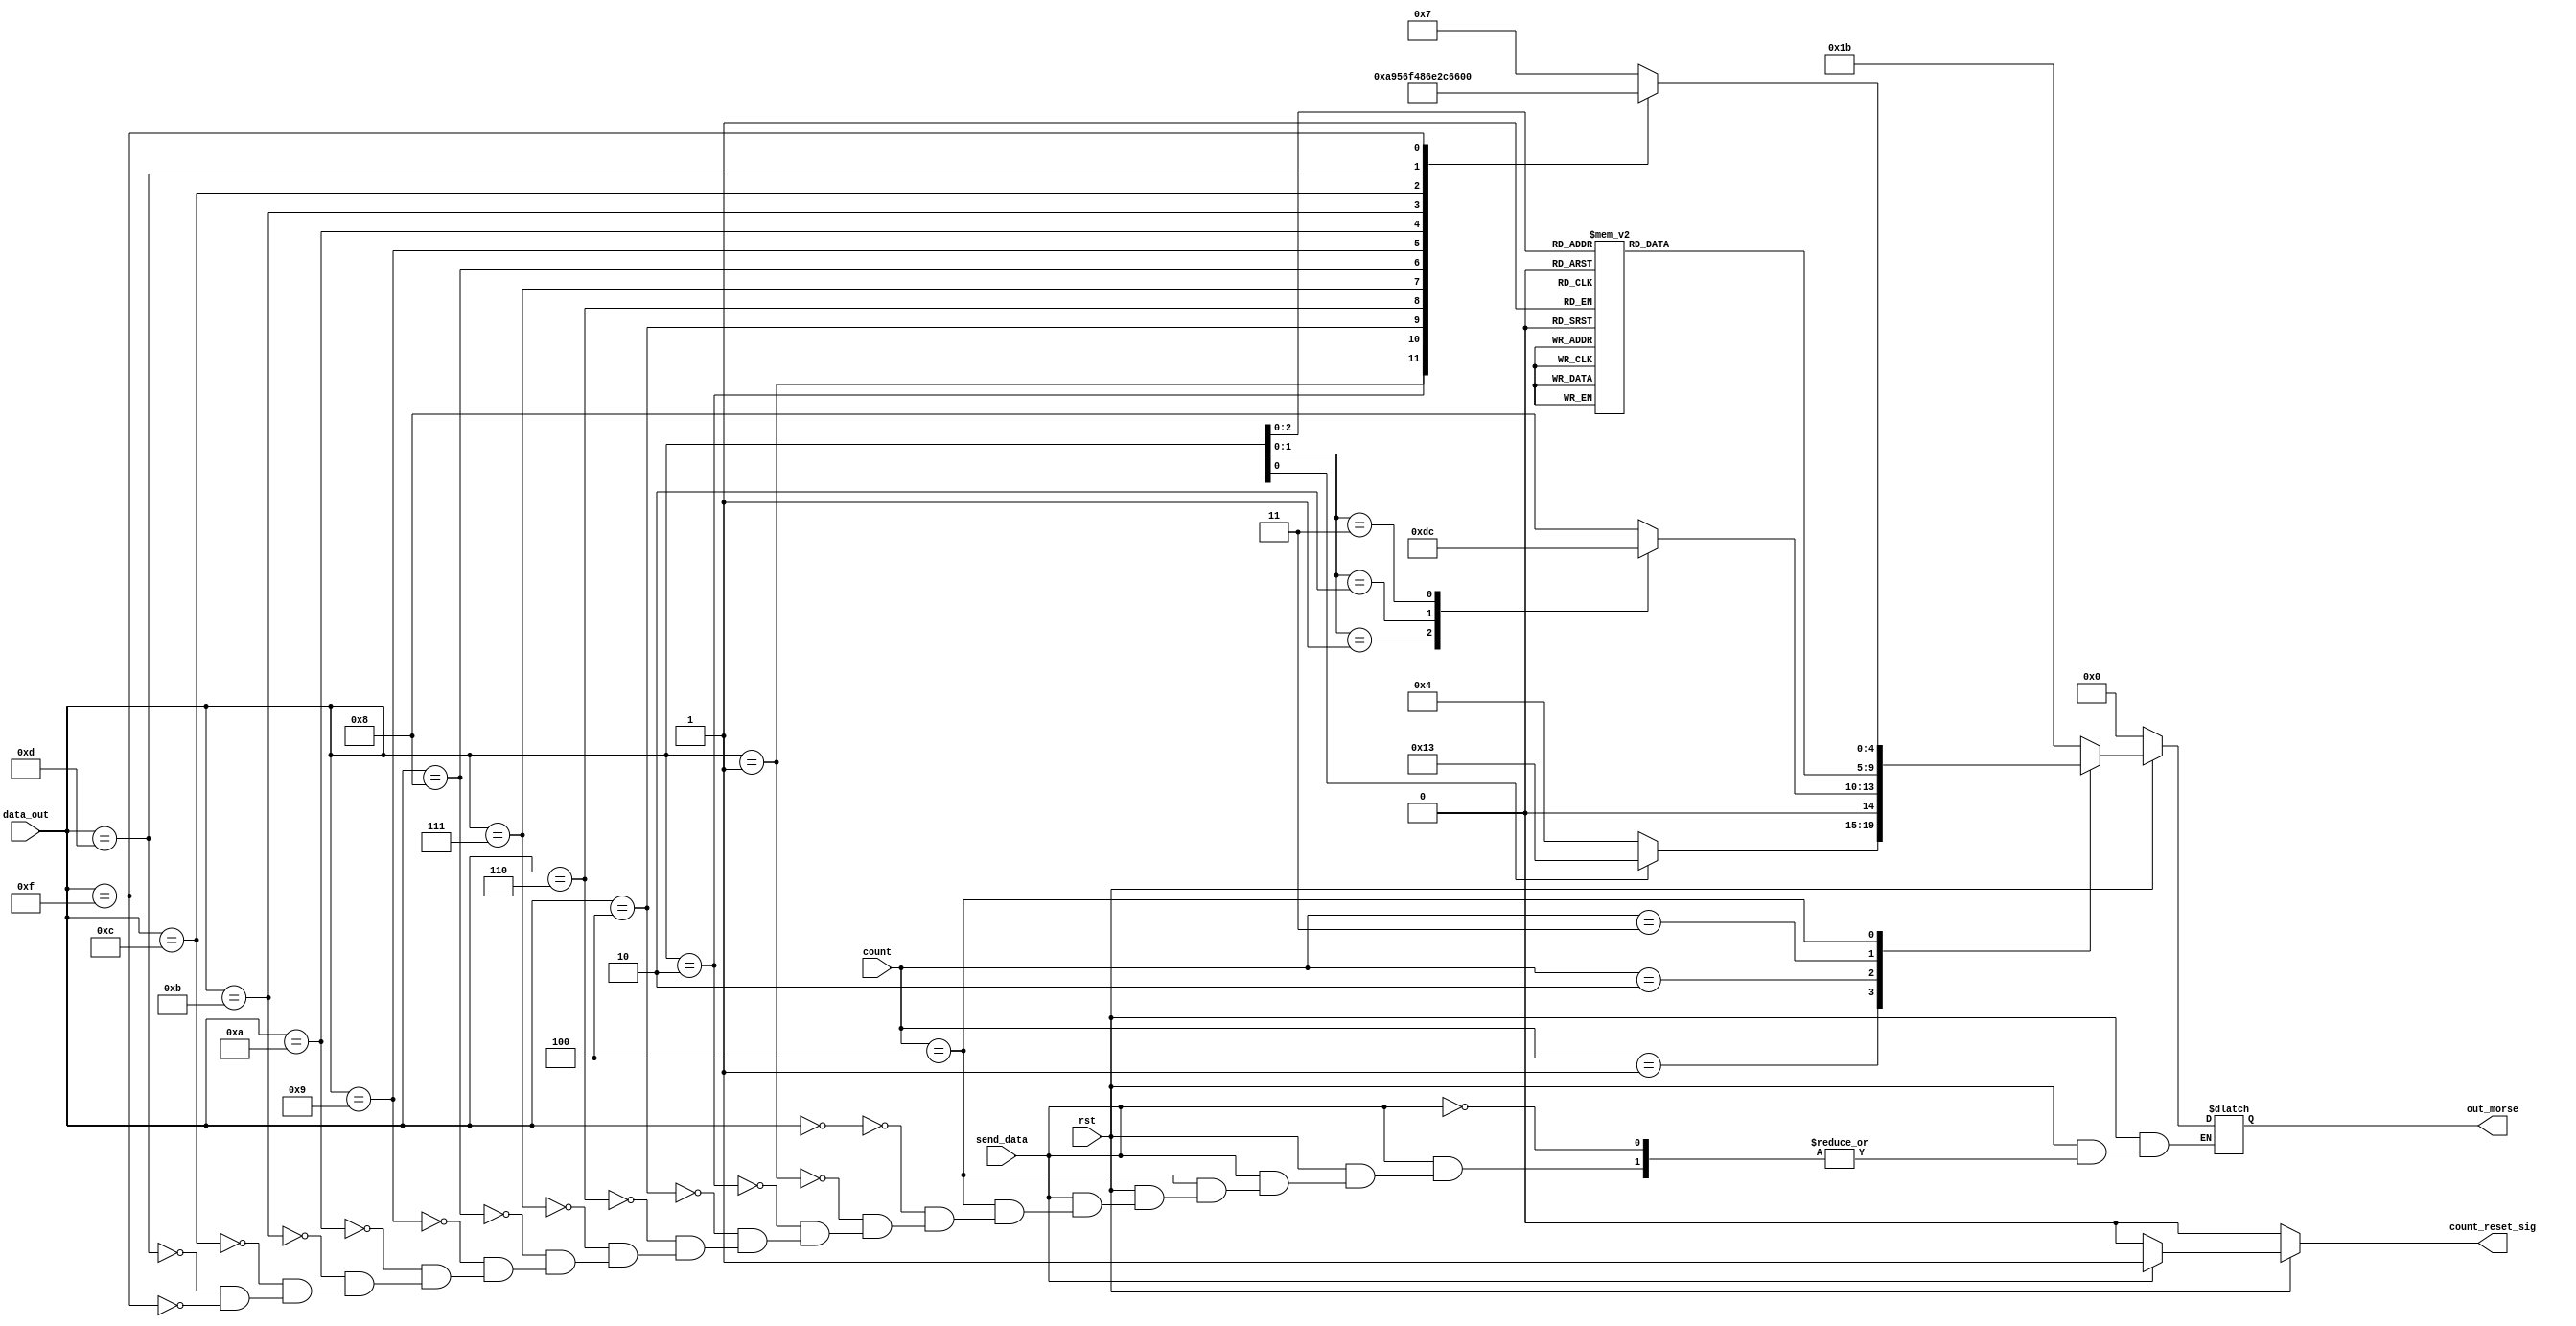
module data_decoder(
input rst,
input send_data,
input [3:0] count,
input [3:0] data_out,
output reg [4:0] out_morse,
output reg count_reset_sig
    );
    
    parameter A_m = 0;
    parameter B_m = 1;
    parameter C_m = 2;
    parameter D_m = 3;
    parameter E_m = 4;
    parameter F_m = 5;
    parameter G_m = 6;
    parameter H_m = 7;
    parameter I_m = 8;
    parameter J_m = 9;
    parameter K_m = 10;
    parameter L_m = 11;
    parameter M_m = 12;
    parameter N_m = 13;
    parameter O_m = 14;
    parameter P_m = 15;
    parameter Q_m = 16;
    parameter R_m = 17;
    parameter S_m = 18;
    parameter T_m = 19;
    parameter U_m = 20;
    parameter V_m = 21;
    parameter W_m = 22;
    parameter X_m = 23;
    parameter Y_m = 24;
    parameter Z_m = 25;
    parameter SPACE_m = 26;

    always@(*)
    begin
        if(!rst)
            begin
                out_morse = 5'b00000;
                count_reset_sig = 1'b0;
            end
        else
            begin
            if(send_data)
                begin
                case(count)
                    1: begin
                        case(data_out[0])
                            0 : out_morse = E_m;
                            1 : out_morse = T_m;
                        endcase
                       end
                    2: begin
                        case(data_out[1:0])
                            0 : out_morse = I_m;
                            1 : out_morse = A_m;
                            2 : out_morse = N_m;
                            3 : out_morse = M_m;       
                        endcase
                       end
                    3:  begin
                            case(data_out[2:0])
                                0 : out_morse = S_m;
                                1 : out_morse = U_m;
                                2 : out_morse = R_m;
                                3 : out_morse = W_m;
                                4 : out_morse = D_m;
                                5 : out_morse = K_m;
                                6 : out_morse = G_m;
                                7 : out_morse = O_m;
                            endcase
                        end
                    4:  begin
                            case(data_out[3:0])
                                0 : out_morse = H_m;
                                1 : out_morse = V_m;
                                2 : out_morse = F_m;
                                4 : out_morse = L_m;
                                6 : out_morse = P_m;
                                7 : out_morse = J_m;
                                8 : out_morse = B_m;
                                9 : out_morse = X_m;
                                10 : out_morse = C_m;
                                11 : out_morse = Y_m;
                                12 : out_morse = Z_m;
                                13 : out_morse = Q_m;
                                15 : out_morse = SPACE_m;
                            endcase
                        end
                     default: out_morse = 27;
                endcase
                count_reset_sig = 1'b1;
                end
            else
                begin
                    count_reset_sig = 1'b0;
                end
            end
    end
    
endmodule